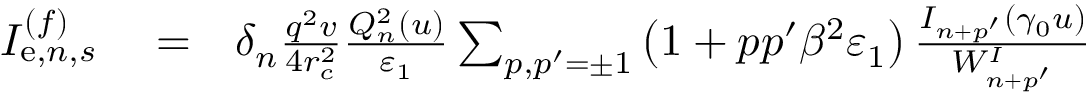
\begin{array} { r l r } { I _ { \mathrm { e } , n , s } ^ { ( f ) } } & { { } = } & { \delta _ { n } \frac { q ^ { 2 } v } { 4 r _ { c } ^ { 2 } } \frac { Q _ { n } ^ { 2 } ( u ) } { \varepsilon _ { 1 } } \sum _ { p , p ^ { \prime } = \pm 1 } \left( 1 + p p ^ { \prime } \beta ^ { 2 } \varepsilon _ { 1 } \right) \frac { I _ { n + p ^ { \prime } } ( \gamma _ { 0 } u ) } { W _ { n + p ^ { \prime } } ^ { I } } } \end{array}